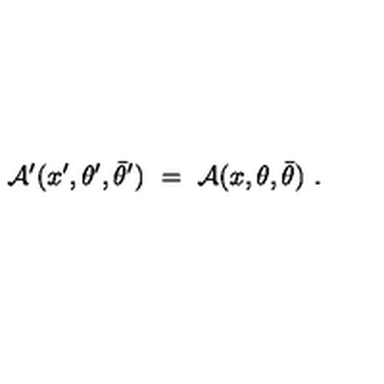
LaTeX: { \cal A } ^ { \prime } ( x ^ { \prime } , \theta ^ { \prime } , \bar { \theta } ^ { \prime } ) \ = \ { \cal A } ( x , \theta , \bar { \theta } ) \ .